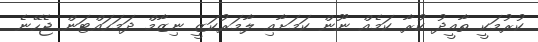
ކުރުމަކީ ތާއީދު ކުރާ ކަމެއް ނޫން ކަމަށާއި ލާމަރުކަޒީ ނިޒާމް ދަމަހައްޓަން ޖެހޭނެ